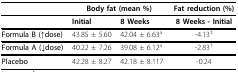
<table><thead><tr><td></td><td colspan="2"><b>Body fat (mean %)</b></td><td><b>Fat reduction (%)</b></td></tr></thead><tbody><tr><td></td><td><b>Initial</b></td><td><b>8 Weeks</b></td><td><b>8 Weeks - Initial</b></td></tr><tr><td><b>Formula B (↑dose)</b></td><td>43.85 ± 5.60</td><td>42.04 ± 6.63<sup>a</sup></td><td>-4.13<sup>‡</sup></td></tr><tr><td><b>Formula A (↓dose)</b></td><td>40.22 ± 7.26</td><td>39.08 ± 6.12<sup>a</sup></td><td>-2.83<sup>†</sup></td></tr><tr><td><b>Placebo</b></td><td>42.28 ± 8.27</td><td>42.18 ± 8.117</td><td>-0.24</td></tr></tbody></table>